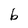
Character: 6